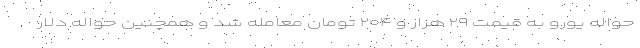
حواله یورو به قیمت ۲۹ هزار و ۲۰۴ تومان معامله شد و همچنین حواله دلار